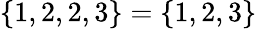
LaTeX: \{ 1,2,2,3\} =\{ 1,2,3\}